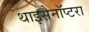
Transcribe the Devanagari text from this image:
थाइसेनॉप्टरा